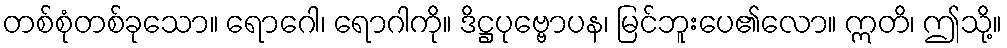
တစ်စုံတစ်ခုသော။ ရောဂေါ၊ ရောဂါကို။ ဒိဋ္ဌပုဗ္ဗောပန၊ မြင်ဘူးပေ၏လော။ ဣတိ၊ ဤသို့။